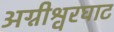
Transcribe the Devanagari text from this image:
अग्नीश्वरघाट